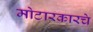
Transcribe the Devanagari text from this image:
मोटारकारचे